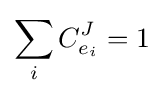
\sum _{i}C_{e_{i}}^{J}=1